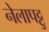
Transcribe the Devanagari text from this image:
नेलापट्टु